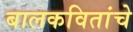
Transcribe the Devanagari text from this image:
बालकवितांचे